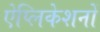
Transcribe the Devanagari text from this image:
ऐप्लिकेशनों